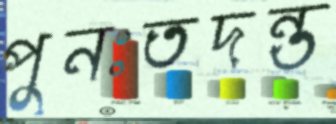
পুনঃতদন্ত